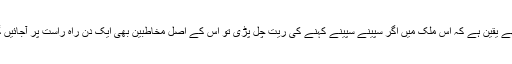
مجھے یقین ہے کہ اس ملک میں اگر سپینے سپینے کہنے کی رَیت چل پڑی تو اس کے اصل مخاطبین بھی ایک دن راہ راست پر آجائیں گے۔